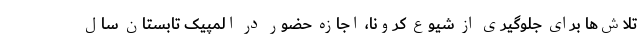
تلاش‌ها برای جلوگیری از شیوع کرونا، اجازه حضور در المپیک تابستان سال